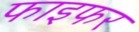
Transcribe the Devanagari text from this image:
फाइफर